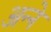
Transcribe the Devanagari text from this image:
अन्‍ने